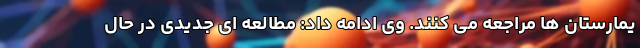
یمارستان ها مراجعه می کنند. وی ادامه داد: مطالعه ای جدیدی در حال